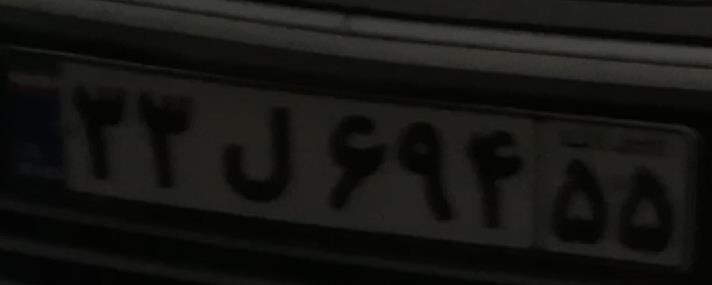
۳۳ل۶۹۴۵۵